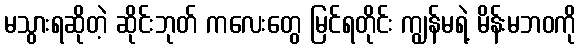
မသွားရဆိုတဲ့ ဆိုင်းဘုတ် ကလေးတွေ မြင်ရတိုင်း ကျွန်မရဲ့ မိန်းမဘဝကို